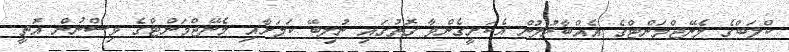
ކްލަބްގެ މެނޭޖްމަންޓްގެ އެއްބާރުލުން އެކަށީގެންވާ ގޮތުގައި ނުލިބޭ ކަމަށާއި މެނޭޖްމަންޓްގެ ވިސްނުން އޮތީ